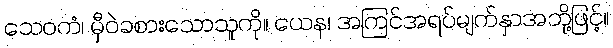
သေဝကံ၊ မှီဝဲခစားသောသူကို။ ယေန၊ အကြင်အရပ်မျက်နှာအဘို့ဖြင့်။